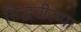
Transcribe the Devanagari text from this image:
सिद्धवीरप्पा